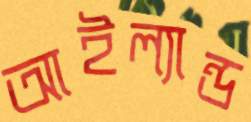
আইল্যান্ড